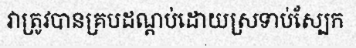
វាត្រូវបានគ្របដណ្តប់ដោយស្រទាប់ស្បែក